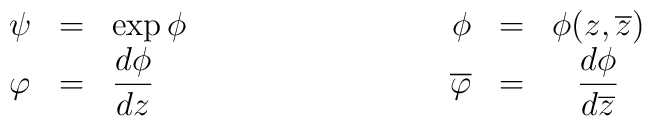
\begin{array}{lll}\psi&=&\exp{\phi} \\ \varphi&=&{\displaystyle\frac{d\phi}{dz}}\\\end{array}\hskip3truecm\begin{array}{rrc}\phi&=&\phi(z,\overline{z})\\\overline{\varphi}&=&{\displaystyle\frac{d{\phi}}{d\overline{z}}}\\ \end{array}